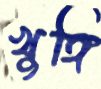
খুঙ্গি